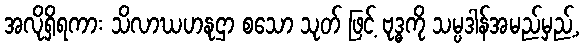
အလိုရှိရကား သိလာဃဟနုဌာ စသော သုတ် ဖြင့် ဗုဒ္ဓကို သမ္ပဒါန်အမည်မှည့်,